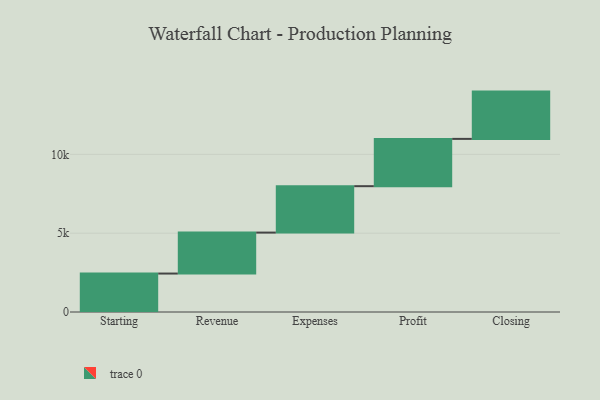
{"axis": {"x": "Step", "y": "Value"}, "legend": [""], "data": [{"x": "Starting", "y": 2439.0, "type": ""}, {"x": "Revenue", "y": 2599.0, "type": ""}, {"x": "Expenses", "y": 2944.0, "type": ""}, {"x": "Profit", "y": 3000, "type": ""}, {"x": "Closing", "y": 3000, "type": ""}]}